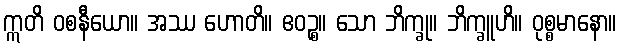
ဣတိ ဝစနီယော။ အဿ ဟောတိ။ ဧဝဉ္စ။ သော ဘိက္ခု။ ဘိက္ခူဟိ။ ဝုစ္စမာနော။